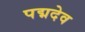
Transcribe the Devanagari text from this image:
पद्मदेव